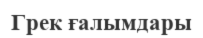
Грек ғалымдары